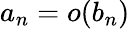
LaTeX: a_{n}=o(b_{n})